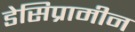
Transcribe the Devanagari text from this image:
डेसिप्रामीन